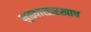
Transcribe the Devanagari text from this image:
मुळ्यासारखाच